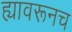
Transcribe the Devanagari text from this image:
ह्यावरूनच